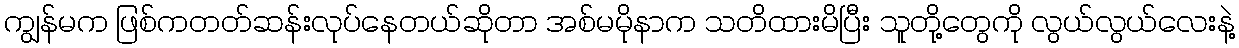
ကျွန်မက ဖြစ်ကတတ်ဆန်းလုပ်နေတယ်ဆိုတာ အစ်မမိုနာက သတိထားမိပြီး သူတို့တွေကို လွယ်လွယ်လေးနဲ့